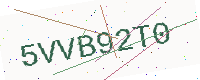
Text: 5VVB92T0